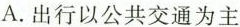
A.出行以公共交通为主